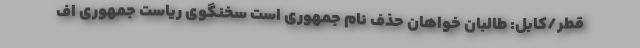
قطر/کابل: طالبان خواهان حذف نام جمهوری است سخنگوی ریاست جمهوری اف